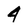
Character: 4